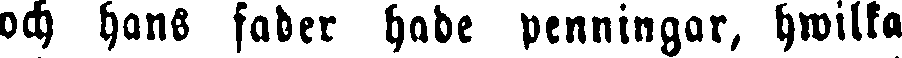
och hans fader hade penningar, hwilka